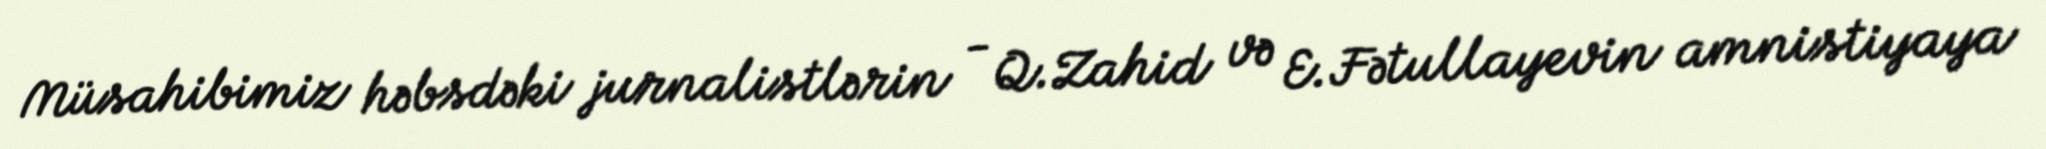
Müsahibimiz həbsdəki jurnalistlərin - Q.Zahid və E.Fətullayevin amnistiyaya